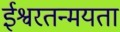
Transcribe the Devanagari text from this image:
ईश्वरतन्मयता